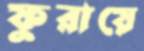
ফুরায়ে